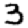
Digit: 3